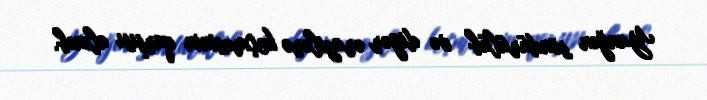
Yanğın söndürülüb və digər ərazilərə keçməsinin qarşısı alınıb.